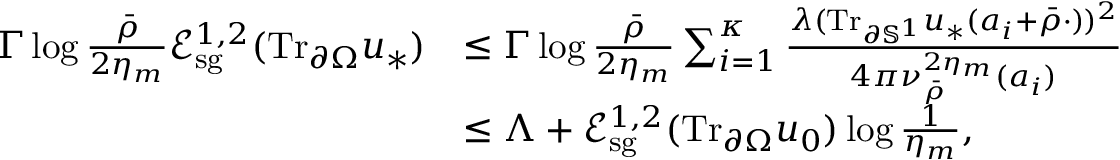
\begin{array} { r l } { \Gamma \log \frac { \bar { \rho } } { 2 \eta _ { m } } \mathcal E _ { \mathrm { s g } } ^ { 1 , 2 } ( \mathrm { T r } _ { \partial \Omega } u _ { * } ) } & { \leq \Gamma \log \frac { \bar { \rho } } { 2 \eta _ { m } } \sum _ { i = 1 } ^ { \kappa } \frac { \lambda ( \mathrm { T r } _ { \partial \mathbb { S } ^ { 1 } } u _ { * } ( a _ { i } + \bar { \rho } \cdot ) ) ^ { 2 } } { 4 \pi \nu _ { \bar { \rho } } ^ { 2 \eta _ { m } } ( a _ { i } ) } } \\ & { \leq \Lambda + \mathcal E _ { \mathrm { s g } } ^ { 1 , 2 } ( \mathrm { T r } _ { \partial \Omega } u _ { 0 } ) \log \frac { 1 } { \eta _ { m } } , } \end{array}